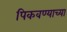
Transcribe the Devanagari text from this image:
पिकवण्याच्या